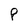
Character: P